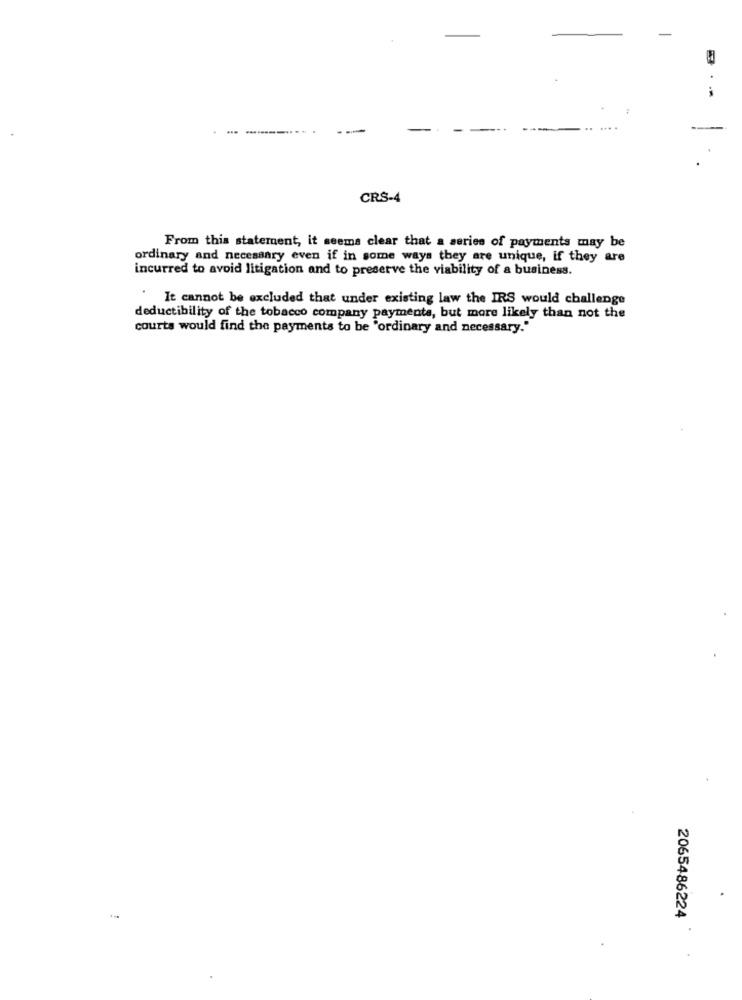
--
... ....
CRS-4
From this statement, it seems clear that a series of payments may be
ordinary and necessary even if in some ways they are unique, if they are
incurred to avoid litigation and to preserve the viability of a business.
. It cannot be excluded that under existing law the IRS would challenge
deductibility of the tobacco company payments, but more likely than not the
courts would find the payments to be "ordinary and necessary."
2065486224